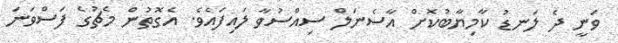
ވަނީ ދެ ލަނޑު ކާމިޔާބުކޮށް އާސެނަލް ސިއްސުވާ ލައިފައެވެ. އެގޮތުން މެޗުގެ ފަސްވަނަ